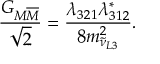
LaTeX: { \frac { G _ { M \overline { { { M } } } } } { \sqrt { 2 } } } = { \frac { \lambda _ { 3 2 1 } \lambda _ { 3 1 2 } ^ { * } } { 8 m _ { \tilde { \nu } _ { L 3 } } ^ { 2 } } } .